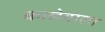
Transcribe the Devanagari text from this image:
कालेवाला